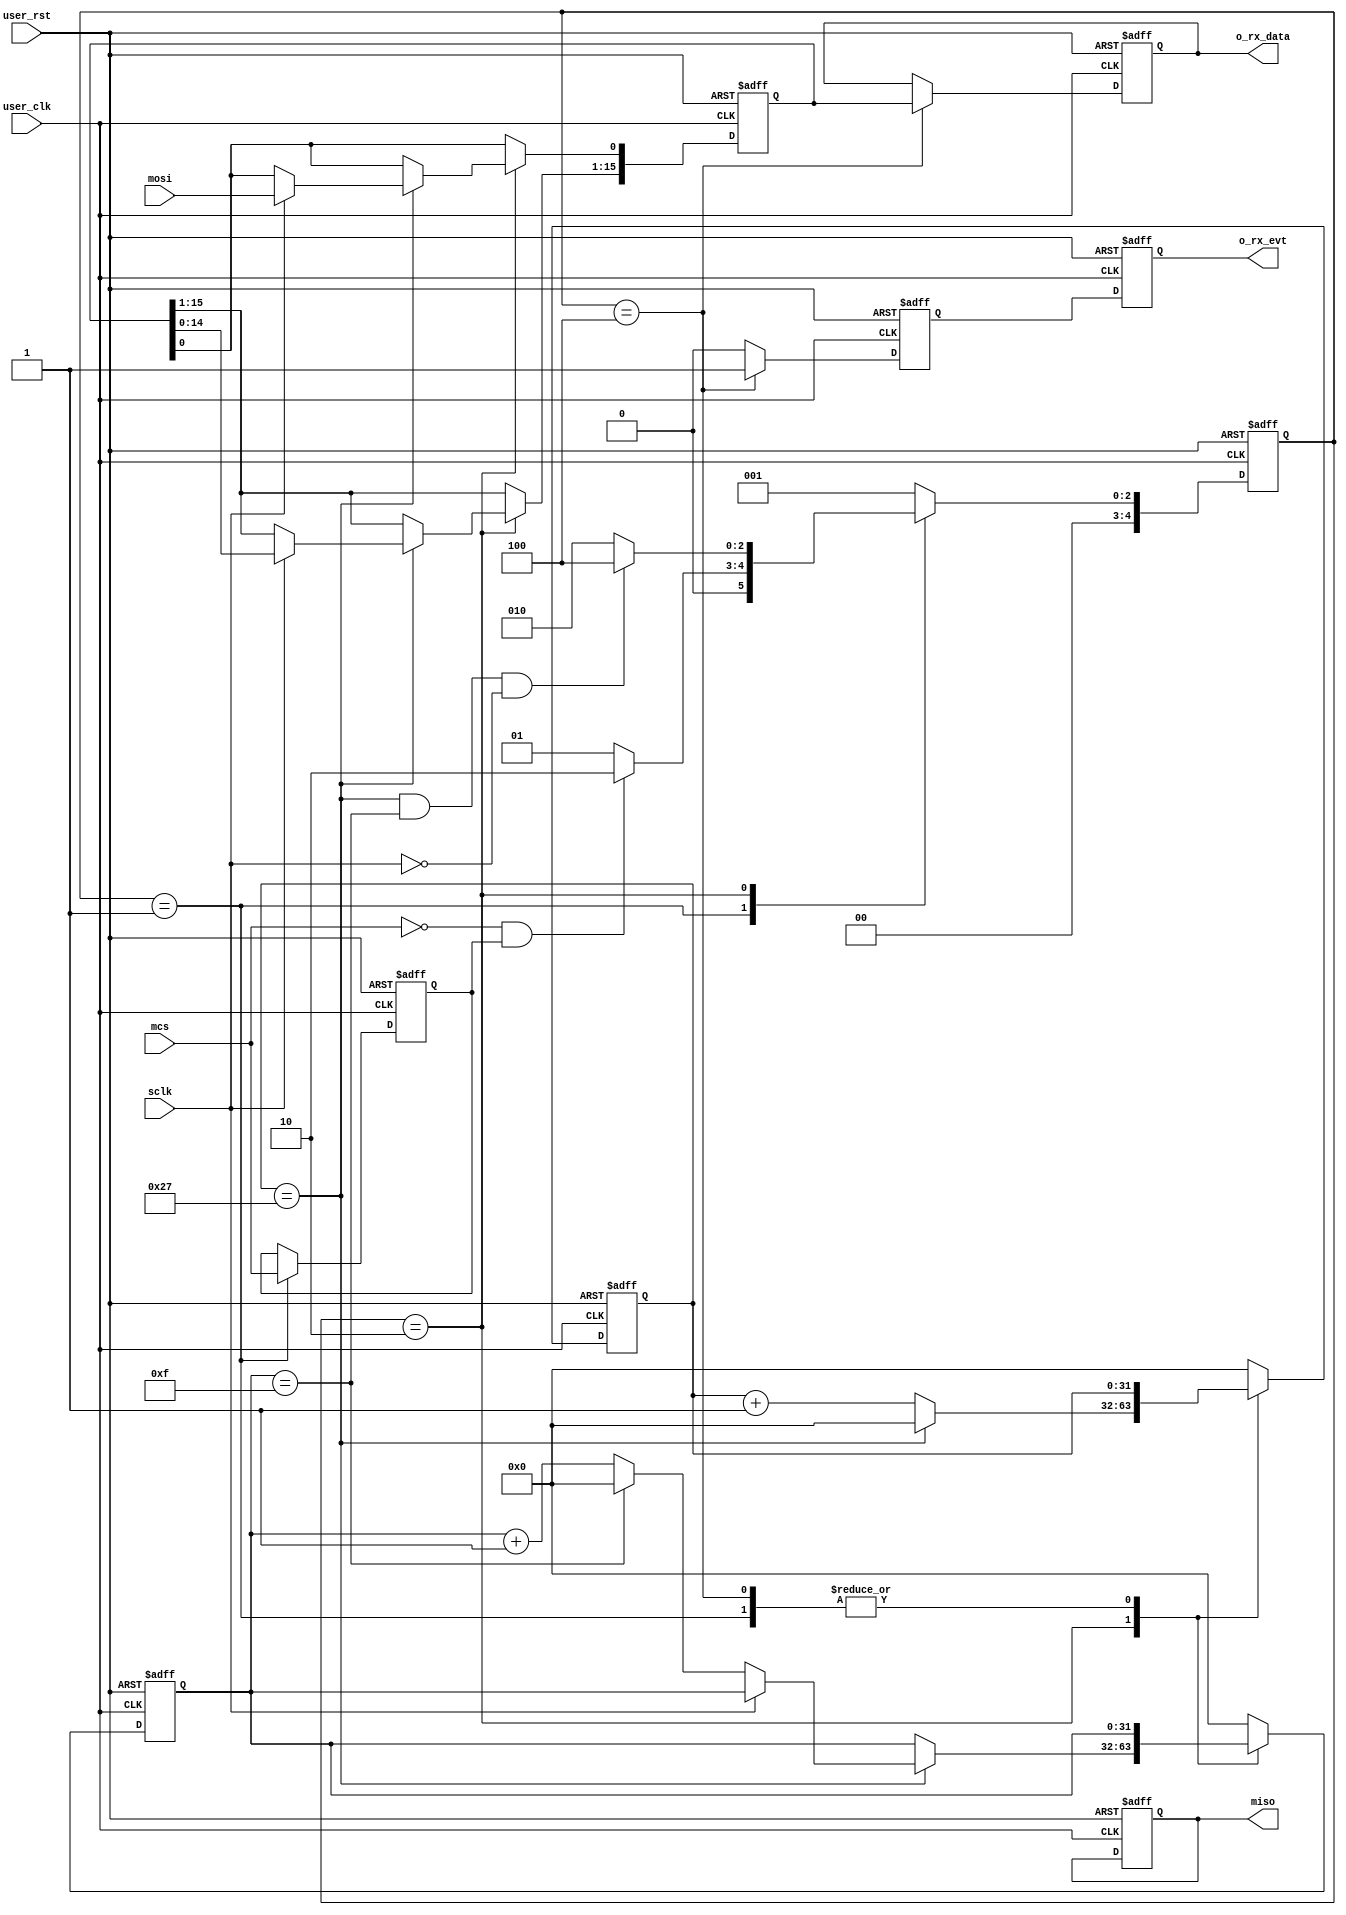
/*********************************
File_name:      spi_slave.v
Project_name:   project_name
Author:         Weitao Zhao
Function:

        MCS_VALID_LEVEL : //1: high level 0: low level
        SCK_DIV         : spi sclk rate is user_clk/SCK_DIV
        SCK_MODE        : [1]: 0 means the IDLE level of sck is low; 
                [0]:1 means mosi(miso) switch data at negeage of sck 
                and capture the data at posedge of clk.
        DATA_ENDIAN     : 1: big endian , hign bit is high pirior;
                          0: little endian , low bit is high pirior;

version: 0.0


log:    2020.05.15 create file v0.0


********************************/
module spi_slave # (
    parameter   [31:0] USER_CLK_RATE   = 32'd100_000_000, // Default: 100 MHz
    parameter   [31:0] SPI_CLK_RATE    = 32'd2_500_000  , // Default: 2.5 MHz
    parameter   [ 0:0] MCS_VALID_LEVEL = 0              , //      
    parameter   [ 1:0] SCK_MODE        = 2'b01          , //  
    parameter   [ 0:0] DATA_ENDIAN     = 1              , //    
    // parameter   [15:0] INPUT_WIDTH     = 16             , // 
    parameter   [15:0] OUTPUT_WIDTH    = 16               // 
)
(
    input                           user_clk            , // user clock 
    input                           user_rst            , // user reset, Async valid hign 
    output reg                      o_rx_evt            , // receive data out event(from master)
    output reg[OUTPUT_WIDTH-1:0]    o_rx_data           , // data payload
    // Master 4-line spi interface -----------------------
    input                           mcs                 , // 4-line spi 
    input                           sclk                , // 4-line spi 
    input                           mosi                , // 4-line spi 
    output reg                      miso                  // 4-line spi 
);

    //==================< Internal Declaration >============================
    localparam  SCK_DIV     = USER_CLK_RATE/SPI_CLK_RATE;

    localparam  IDLE        = 5'b00001  ;
    localparam  SLAVE_BUSY  = 5'b00010  ;
    localparam  SLAVE_OUT   = 5'b00100  ;

    reg [04:00]             c_state     ;
    reg [04:00]             n_state     ;

    reg                     mcs_r       ;
    reg [31:00]             cnt_mbusy   ;
    reg [31:00]             cnt_bit     ;
    reg                     rx_evt      ;
    reg [OUTPUT_WIDTH-1:0]  rx_data     ;

    //=======================< Debug Logic >================================



    //=======================< Main Logic >=================================
    always@(posedge user_clk or posedge user_rst) begin
        if(user_rst) begin
            c_state <=  IDLE;
        end else begin
            c_state <=  n_state;
        end
    end

    always@(*) begin
        case(c_state)
        IDLE       :
        begin
            if( (~mcs && mcs_r && ~MCS_VALID_LEVEL) || (mcs && ~mcs_r && MCS_VALID_LEVEL) ) begin
                n_state = SLAVE_BUSY;
            end else begin
                n_state = IDLE;
            end
        end
        SLAVE_BUSY:
        begin
            if( cnt_mbusy == (SCK_DIV - 1) && cnt_bit == (OUTPUT_WIDTH-1) && sclk == ~SCK_MODE[0]) begin
                n_state = SLAVE_OUT;
            end else begin
                n_state = SLAVE_BUSY;
            end
        end
        SLAVE_OUT :
        begin
            n_state = IDLE;
        end
        default:n_state = IDLE;
        endcase
    end




    always@(posedge user_clk or posedge user_rst) begin
        if(user_rst) begin
            mcs_r       <=  'b0;
            cnt_mbusy   <=  'h0;
            cnt_bit     <=  'h0;
            rx_evt      <=  'b0;
            rx_data     <=  'h0;
            o_rx_evt    <=  'h0;
            o_rx_data   <=  'h0;
            miso        <=  'b0;
        end else begin
            rx_evt  <=  0;
            o_rx_evt    <=  rx_evt;
            casex(c_state)
            IDLE        : 
            begin
                mcs_r   <=  mcs;
            end
            SLAVE_BUSY : 
            begin
                cnt_mbusy   <=  cnt_mbusy + 1;
                cnt_bit <=  cnt_bit;
                if(cnt_mbusy == (SCK_DIV - 1)) begin
                    cnt_mbusy   <=  'h0;
                    if(sclk == ~SCK_MODE[0]) begin
                        cnt_bit <=  cnt_bit + 1;
                        if(cnt_bit ==  (OUTPUT_WIDTH - 1)) begin
                            cnt_bit <=  0;
                        end
                    end else begin
                        rx_data[OUTPUT_WIDTH-1]  <=  mosi;
                        rx_data[OUTPUT_WIDTH-2:0]   <=  rx_data[OUTPUT_WIDTH-1:1];
                        if(DATA_ENDIAN) begin
                            rx_data[0]  <=  mosi;
                            rx_data[OUTPUT_WIDTH-1:1]   <=  rx_data[OUTPUT_WIDTH-2:0];
                        end
                    end
                end
            end
            SLAVE_OUT  : 
            begin
                rx_evt      <=  1;
                o_rx_data   <=  rx_data;
            end
            default:
            begin
                cnt_mbusy   <=  'h0;
                cnt_bit     <=  'h0;
            end
            endcase 
        end
    end



    //=================< Submodule Instantiation >==========================




endmodule